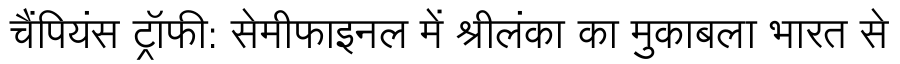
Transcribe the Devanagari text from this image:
चैंपियंस ट्रॉफी: सेमीफाइनल में श्रीलंका का मुकाबला भारत से